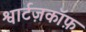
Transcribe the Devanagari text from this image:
श्वार्टज़कॉफ़